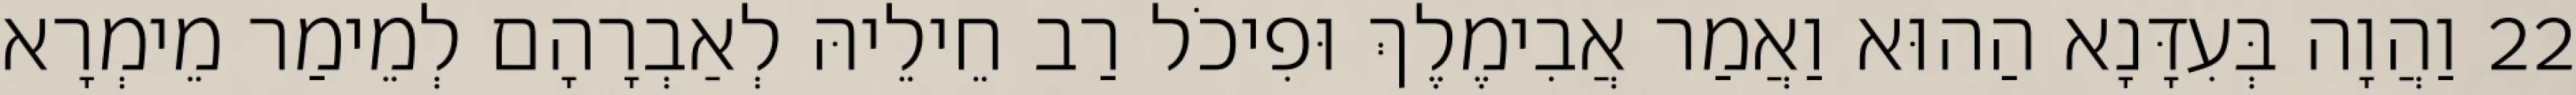
22 וַהֲוָה בְּעִדָּנָא הַהוּא וַאֲמַר אֲבִימֶלֶךְ וּפִיכֹל רַב חֵילֵיהּ לְאַבְרָהָם לְמֵימַר מֵימְרָא